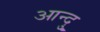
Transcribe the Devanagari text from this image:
आन्दु